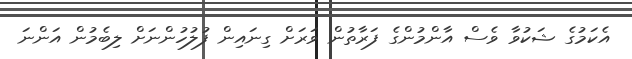
އެކަމުގެ ޝަކުވާ ވެސް އާންމުންގެ ފަރާތުން ވަރަށް ގިނައިން ފުލުހުންނަށް ލިބެމުން އަންނަ